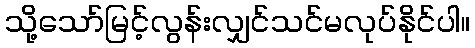
သို့သော်မြင့်လွန်းလျှင်သင်မလုပ်နိုင်ပါ။